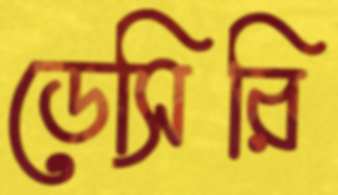
ডেসিরি